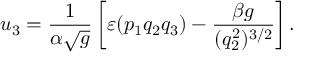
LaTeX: u _ { 3 } = \frac { 1 } { \alpha \sqrt { g } } \left[ \varepsilon ( p _ { 1 } q _ { 2 } q _ { 3 } ) - \frac { \beta g } { ( q _ { 2 } ^ { 2 } ) ^ { 3 / 2 } } \right] .